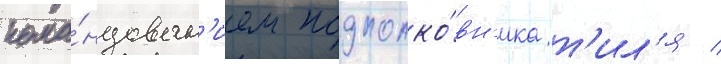
кома́ндован'ием подполко́вн'ика т'ил'я /